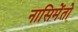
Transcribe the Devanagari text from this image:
नासिमेंतो